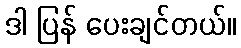
ဒါ ပြန် ပေးချင်တယ်။